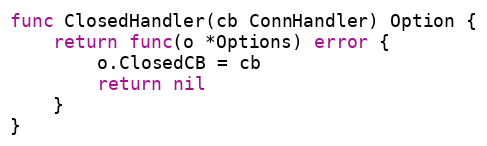
Language: Go
func ClosedHandler(cb ConnHandler) Option {
	return func(o *Options) error {
		o.ClosedCB = cb
		return nil
	}
}